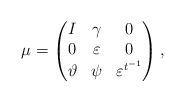
LaTeX: \begin{align*}\mu= \begin{pmatrix}I&\gamma&0\\0&\varepsilon&0\\\vartheta&\psi&\varepsilon^{t^{-1}}\end{pmatrix},\end{align*}